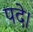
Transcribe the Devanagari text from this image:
पदे।